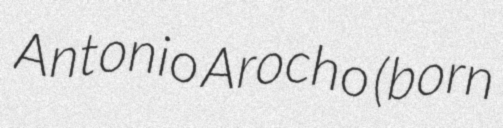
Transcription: Antonio Arocho (born